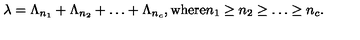
\lambda = \Lambda _ { n _ { 1 } } + \Lambda _ { n _ { 2 } } + \ldots + \Lambda _ { n _ { c } } , \mathrm { w h e r e } n _ { 1 } \geq n _ { 2 } \geq \ldots \geq n _ { c } .